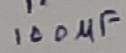
Text: 100µF